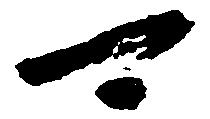
可